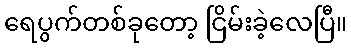
ရေပွက်တစ်ခုတော့ ငြိမ်းခဲ့လေပြီ။